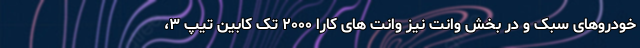
خودروهای سبک و در بخش وانت نیز وانت های کارا ۲۰۰۰ تک کابین تیپ ۳،